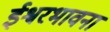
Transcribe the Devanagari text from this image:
ईश्वरभावना